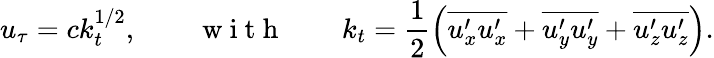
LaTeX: u_{\tau}=ck_{t}^{1/2},\qquad\mathrm{~w~i~t~h~}\qquad k_{t}=\frac{1}{2}\left(\overline{{u_{x}^{\prime}u_{x}^{\prime}}}+\overline{{u_{y}^{\prime}u_{y}^{\prime}}}+\overline{{u_{z}^{\prime}u_{z}^{\prime}}}\right).